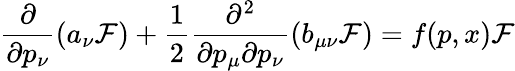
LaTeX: \frac{\partial}{\partial p_{\nu}}(a_{\nu}{\cal F})+\frac{1}{2}\frac{\partial^{2}}{\partial p_{\mu}\partial p_{\nu}}(b_{\mu\nu}{\cal F})=f(p,x){\cal F}